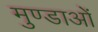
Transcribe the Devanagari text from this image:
मुण्डाओं